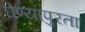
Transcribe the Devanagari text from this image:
घेण्यापुरता